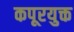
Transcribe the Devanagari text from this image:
कपूरयुक्त